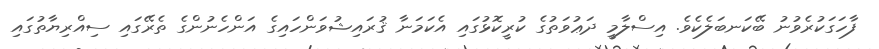
ފާހަގަކުރެވުނު ބޭކަނބަލެކެވެ. އިސްލާމީ ދަޢުވަތުގެ ކުރީކޮޅުގައި އެކަމަނާ ޤުރައިޝުވަންހައިގެ އަންހެނުންގެ ތެރޭގައި ސިއްރިޔާތުގައި